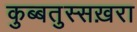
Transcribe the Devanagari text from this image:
कुब्बतुस्सख़रा